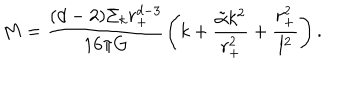
LaTeX: M = \frac { ( d - 2 ) \Sigma _ { k } r _ { + } ^ { d - 3 } } { 1 6 \pi G } \left( k + \frac { \tilde { \alpha } k ^ { 2 } } { r _ { + } ^ { 2 } } + \frac { r _ { + } ^ { 2 } } { l ^ { 2 } } \right) .